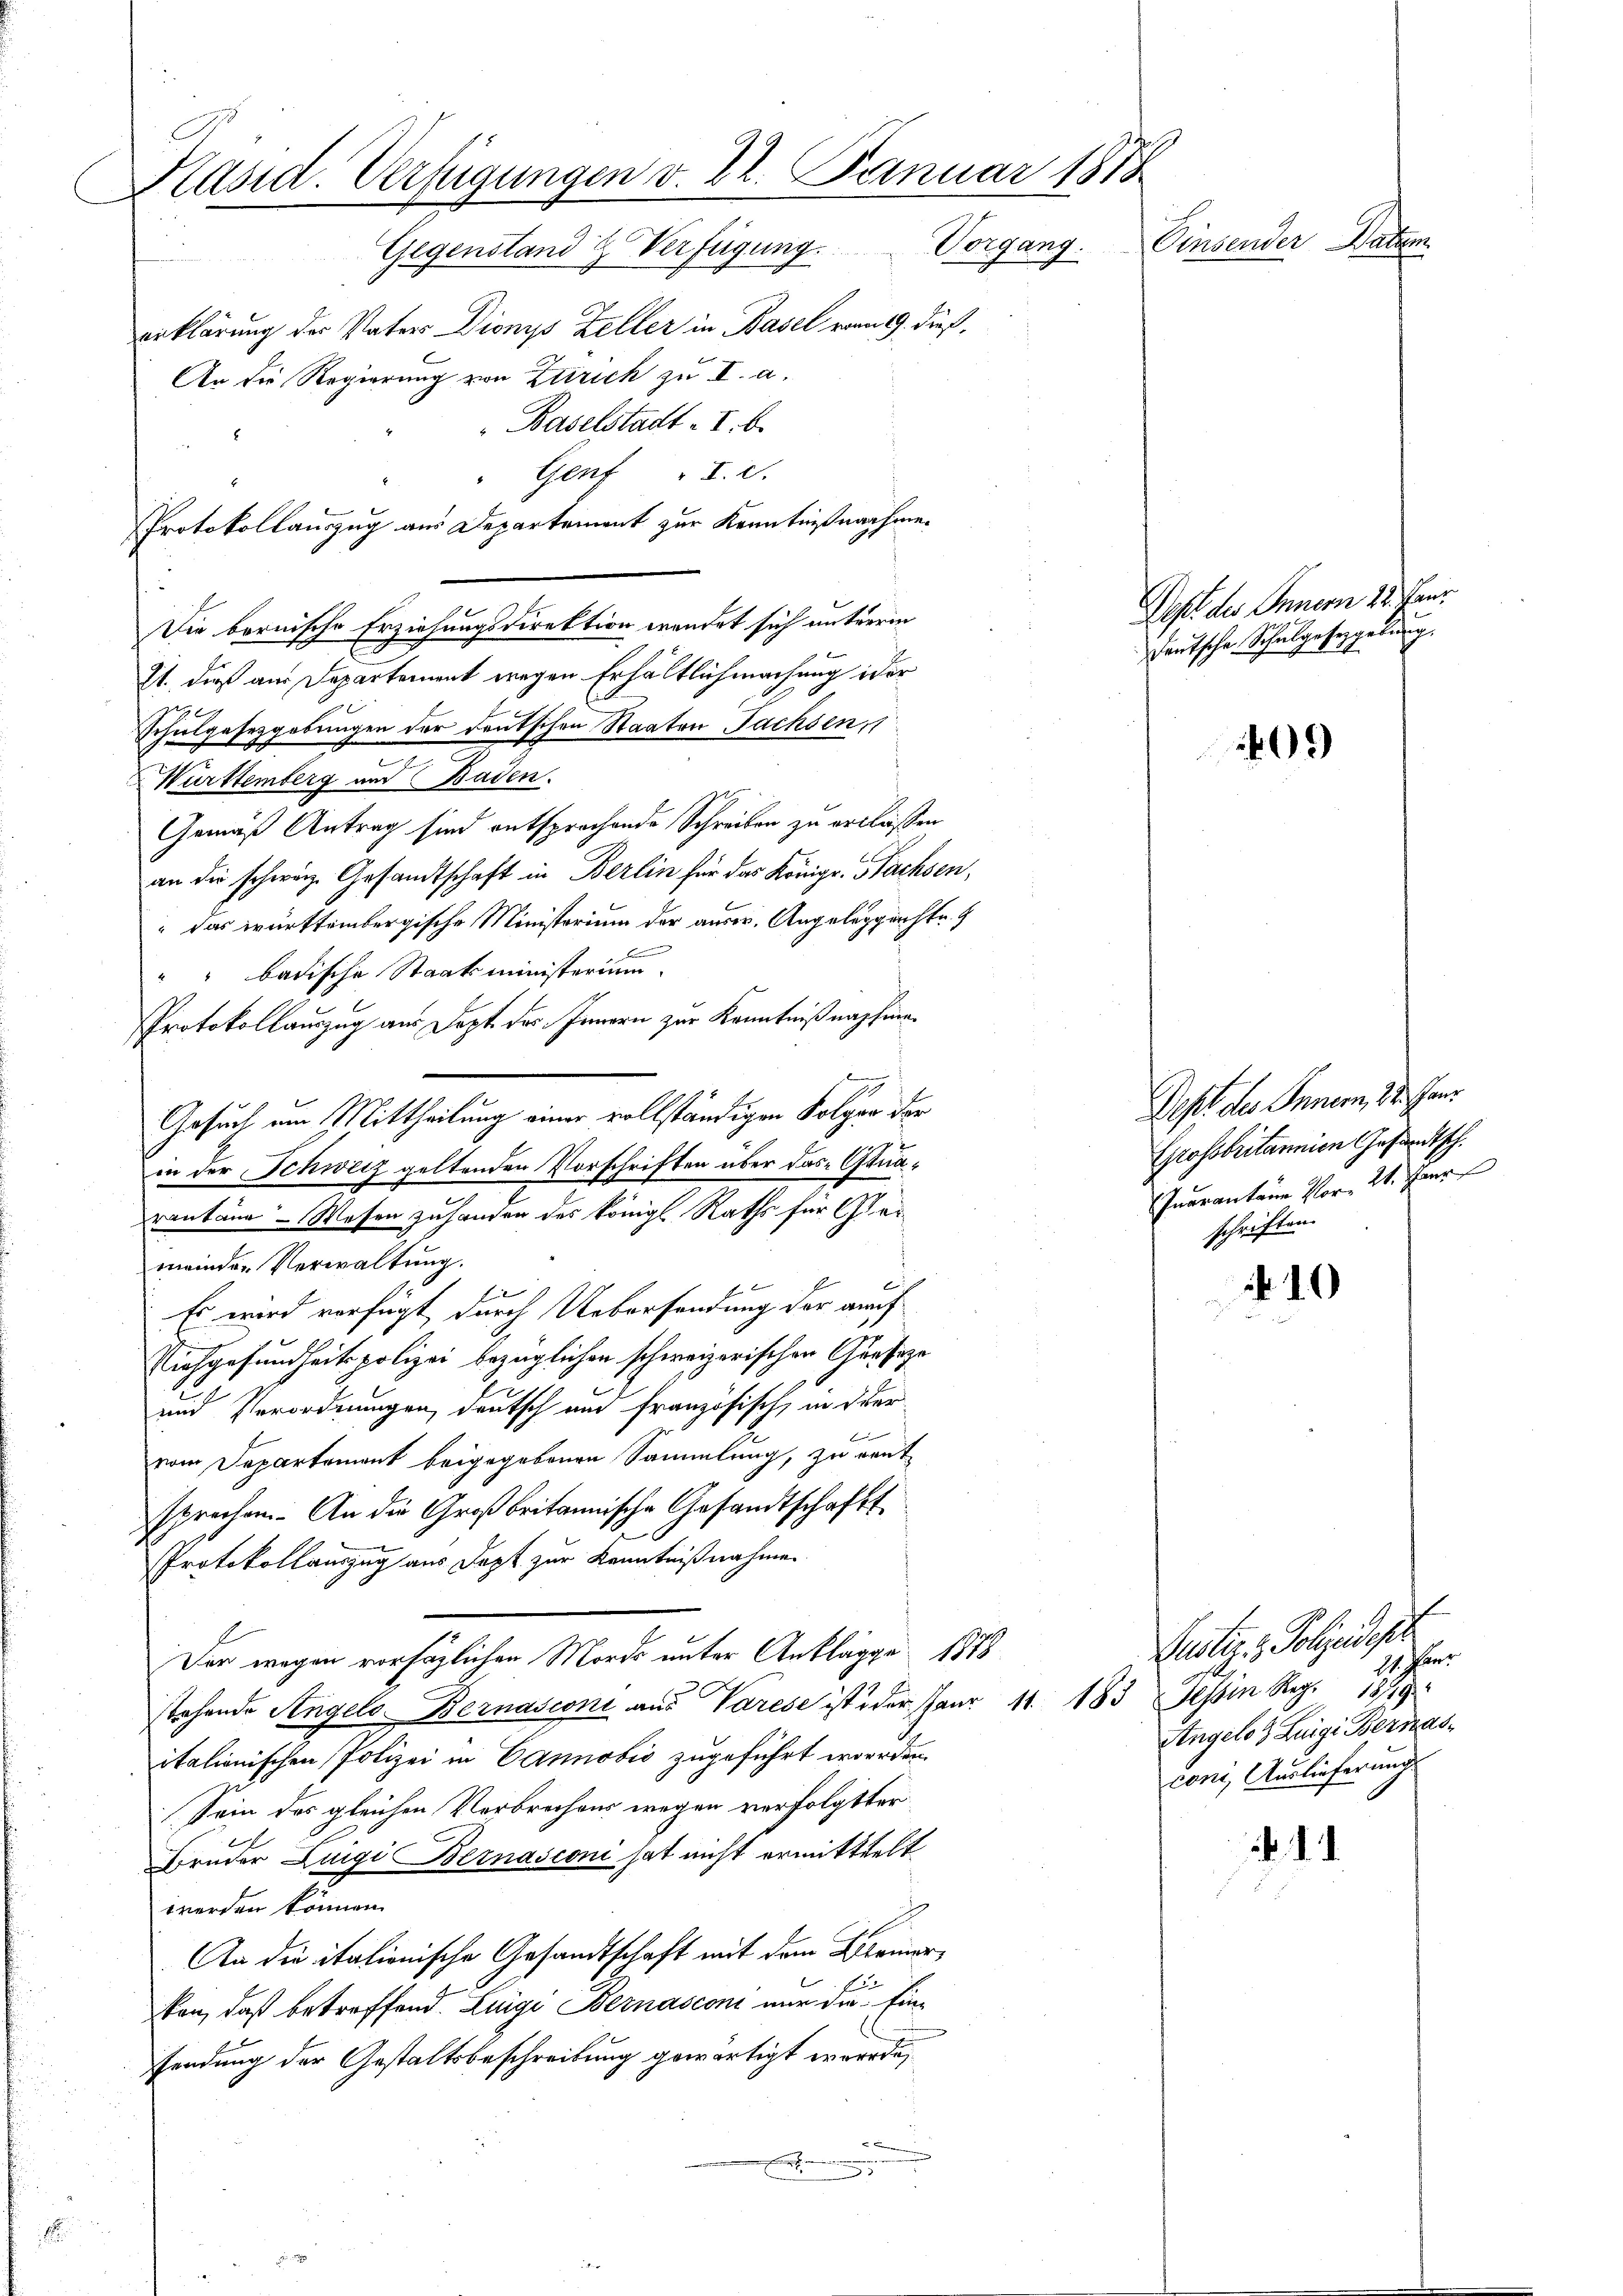
Präsid. Verfügungen v. 22. Januar 1818
Gegenstand & Verfügung. Vorgang.
erklärung des Vaters Dionys Zeller in Basel vom 19. dieß,
An die Regierung von Zürich zu II. a.
Baselstadt I. b.

Genf " I. d.
Protokollauszug aus Departement zur Kenntnißnahme¬
Zt. dieß aus Departement wegen Erhältlichmachung oder
Schulgesetzgebungen der deutschen Staaten Sachsen,
Württemberg und Baden.
Gemäß Antrag sind entsprochende Schreiben zu erkläßen
an die schweiz. Gesandtschaft in Berlin für das Königr. Bachsen,
" Das württembergische Ministerium der ausw. Angeleggeiste.
b
" badische Staatsministerium
Protokollauszug aus Sept. des Innern zur Kenntnißnapfmain der Schweiz geltenden Vorschriften über das Ostnarantane - Wesen zuhanden des königl. Raths für Ger
meinder Verwaltung.
Es wird verfügt durch Uebersendung der auch
Sichgesundheitspolizei bezüglichen schweizerischen Grasize
und Verordnungen, deutsch und französisch, in der
vom Departement beigegebenen Sammlung, zu rent
sprechen. An die Großbritannische Gesandtschafts
Protokollauszug aus Dept zur Kenntnißnahmen
Der wegen vorsäglichen Morde unter Anklägge 1878
stehende Angels Bernasconi aus Varese ist der Paur 11. 183 Tessin Reg. 1879.
italionischen Polizei in Cannobis zugeführt worden.
Sein des gleichen Verbrechens wegen verfolgter
Fruder Luigi Bernasconi hat nicht ermittelt
worden können.
An die itationische Gesandtschaft mit dem Brenner,
kon, daß betreffend. Luigi Bernasconi nur die Einsendung der Gestaltsbeschreibung gewärtigt werde,
.

Gesuch am Mittheilung einer vollständigen Folger der

Die bornische Erziehungsdirektion wendet sich unterm

Einsender Daten

Dept des Innern 18. Jan.
deutsche Schulgesegelung.

09

Dept des Innern, 14. Jan
Grossbritannien Gesandtsch.
Inarantane Vor 21. Einr
schriften.

10

Justiz- & Polizeidest
21. Janr
Angelo  Luigi Bernasconi, Auslieferung